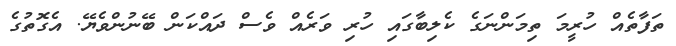
ތަފާތެއް ހުރީމަ ތިމަންނަގެ ކެލިބާގައި ހުރި ވަރެއް ވެސް ދައްކަން ބޭނުންވެޔޭ. އެގޮތުގެ